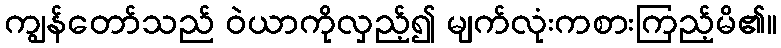
ကျွန်တော်သည် ဝဲယာကိုလှည့်၍ မျက်လုံးကစားကြည့်မိ၏။